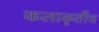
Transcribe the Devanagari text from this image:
कलाकृतीच